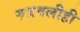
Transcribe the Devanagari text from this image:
रुजवलीही